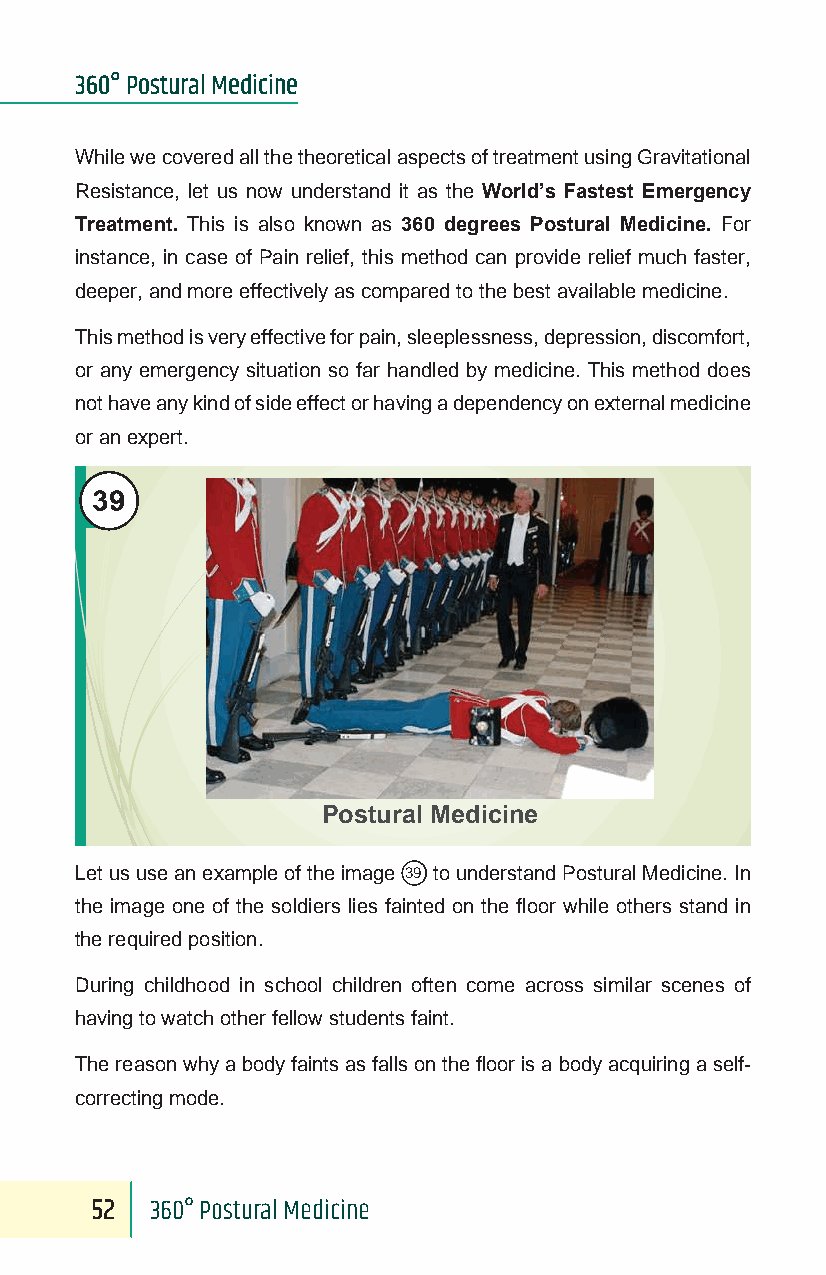
360° Postural Medicine
 While we covered all the theoretical aspects of treatment using Gravitational
 Resistance, let us now understand it as the World’s Fastest Emergency
 Treatment. This is also known as 360 degrees Postural Medicine. For
 instance, in case of Pain relief, this method can provide relief much faster,
 deeper, and more effectively as compared to the best available medicine.
 This method is very effective for pain, sleeplessness, depression, discomfort,
 or any emergency situation so far handled by medicine. This method does
 not have any kind of side effect or having a dependency on external medicine
 or an expert.
 39
 Postural Medicine
 Let us use an example of the image 39 to understand Postural Medicine. In
 the image one of the soldiers lies fainted on the floor while others stand in
 the required position.
 During childhood in school children often come across similar scenes of
 having to watch other fellow students faint.
 The reason why a body faints as falls on the floor is a body acquiring a self-
 correcting mode.
 52  360° Postural Medicine